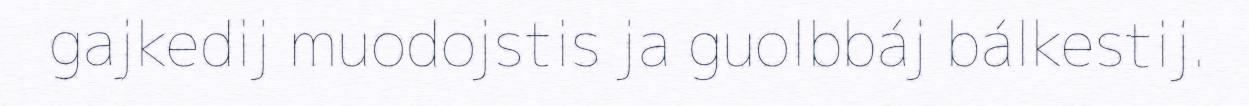
gajkedij muodojstis ja guolbbáj bálkestij.